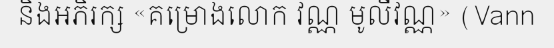
និងអភិរក្ស «គម្រោងលោក វណ្ណ មូលីវណ្ណ» (Vann